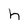
Character: h